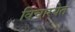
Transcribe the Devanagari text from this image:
विचारयेत